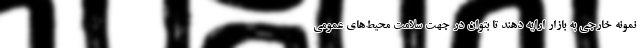
نمونه خارجی به بازار ارایه دهند تا بتوان در جهت سلامت محیط‌های عمومی